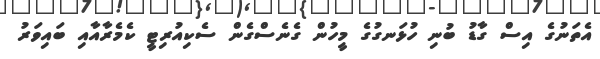
އެތަނުގެ އިސް ގާޑު ބުނި ހުޅަނގުގެ މީހުން ގެނެސްގެން ސެކިއުރިޓީ ކެމެރާއާއި ބައިވަރު